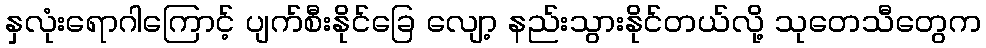
နှလုံးရောဂါကြောင့် ပျက်စီးနိုင်ခြေ လျော့ နည်းသွားနိုင်တယ်လို့ သုတေသီတွေက